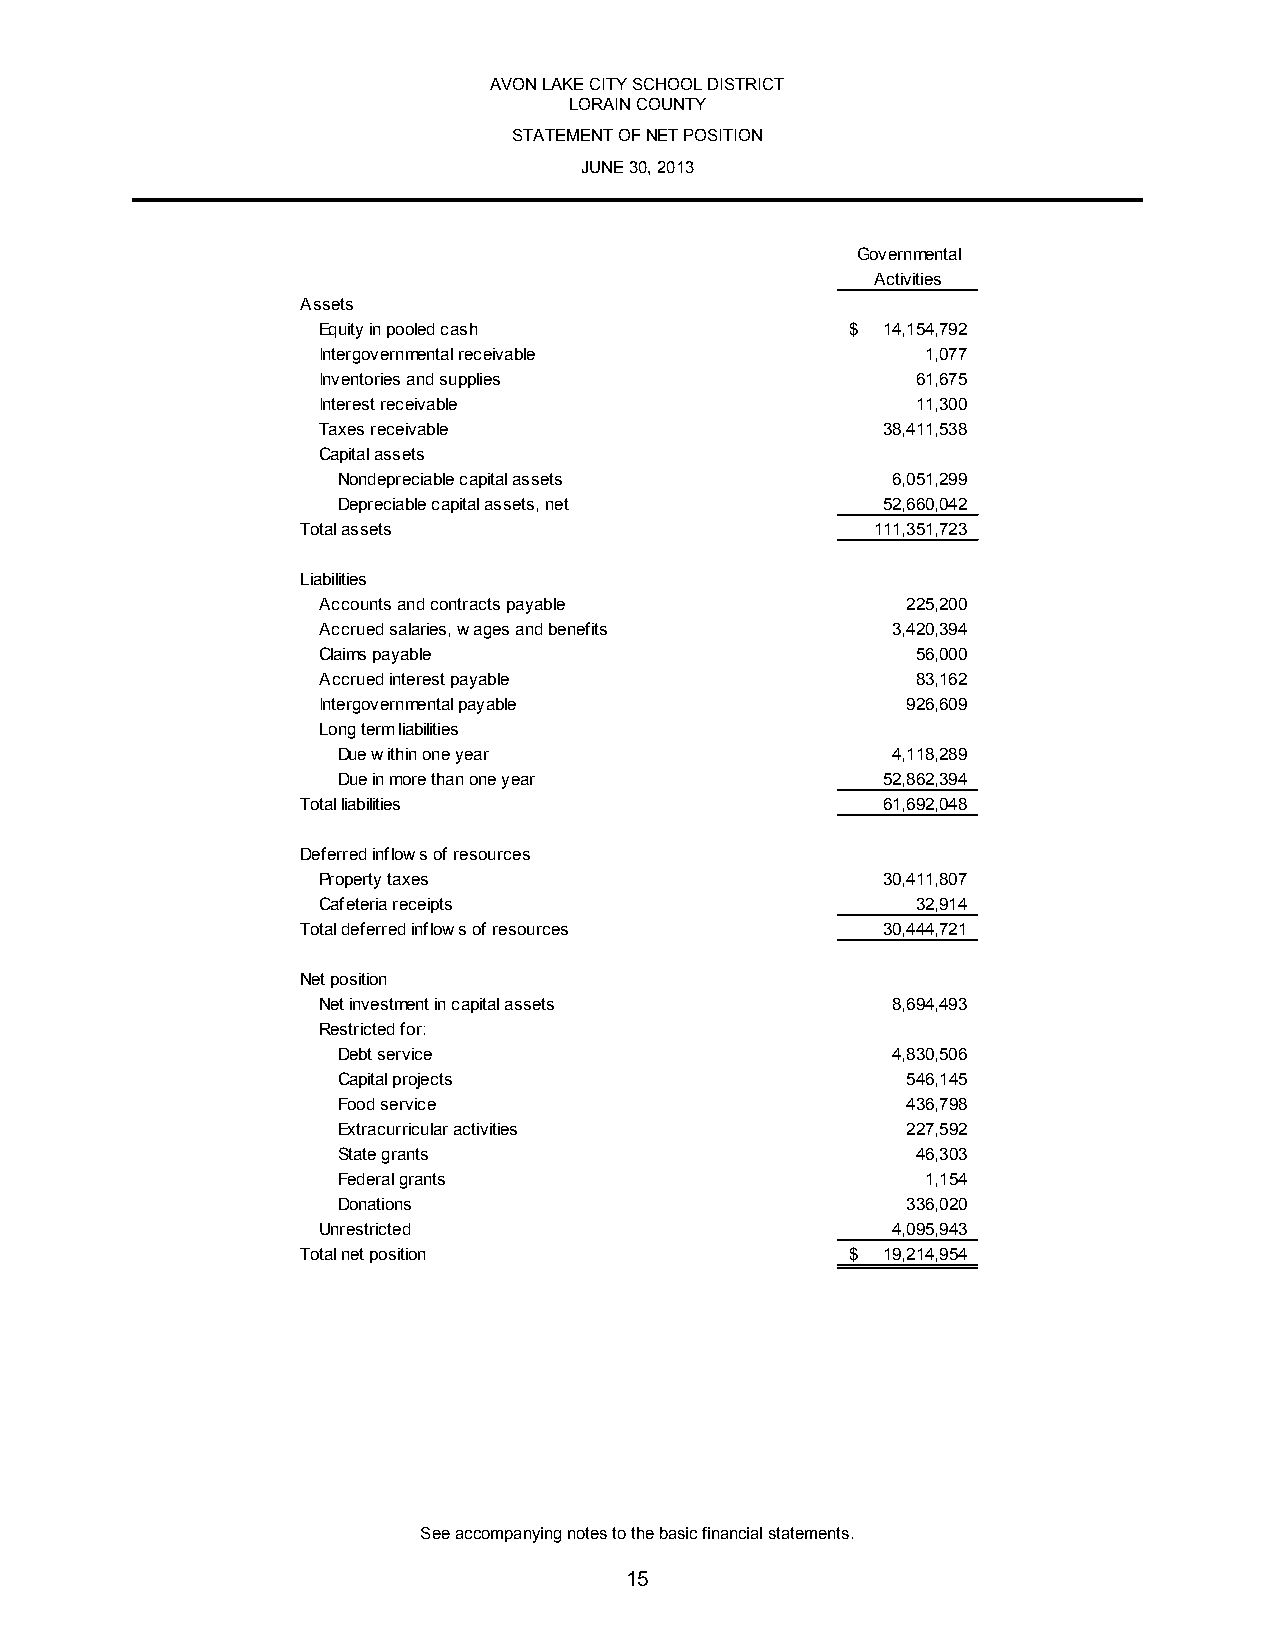
AVON LAKE CITY SCHOOL DISTRICT
 LORAIN COUNTY
 STATEMENT OF NET POSITION
 JUNE 30, 2013
 Governmental
 Activities
 Assets
 Equity in pooled cash              $ 14,154,792
 Intergovernmental receivable            1,077
 Inventories and supplies                61,675
 Interest receivable                     11,300
 Taxes receivable                     38,411,538
 Capital assets
 Nondepreciable capital assets        6,051,299
 Depreciable capital assets, net     52,660,042
 Total assets                          111,351,723
 Liabilities
 Accounts and contracts payable         225,200
 Accrued salaries, wages and benefits  3,420,394
 Claims payable                          56,000
 Accrued interest payable                83,162
 Intergovernmental payable              926,609
 Long term liabilities
 Due within one year                  4,118,289
 Due in more than one year           52,862,394
 Total liabilities                     61,692,048
 Deferred inflows of resources
 Property taxes                       30,411,807
 Cafeteria receipts                      32,914
 Total deferred inflows of resources   30,444,721
 Net position
 Net investment in capital assets      8,694,493
 Restricted for:
 Debt service                         4,830,506
 Capital projects                      546,145
 Food service                          436,798
 Extracurricular activities            227,592
 State grants                           46,303
 Federal grants                         1,154
 Donations                             336,020
 Unrestricted                          4,095,943
 Total net position                  $ 19,214,954
 See accompanying notes to the basic financial statements.
 15